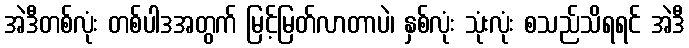
အဲဒီတစ်လုံး တစ်ပါဒအတွက် မြင့်မြတ်လာတာပဲ၊ နှစ်လုံး သုံးလုံး စသည်သိရရင် အဲဒီ